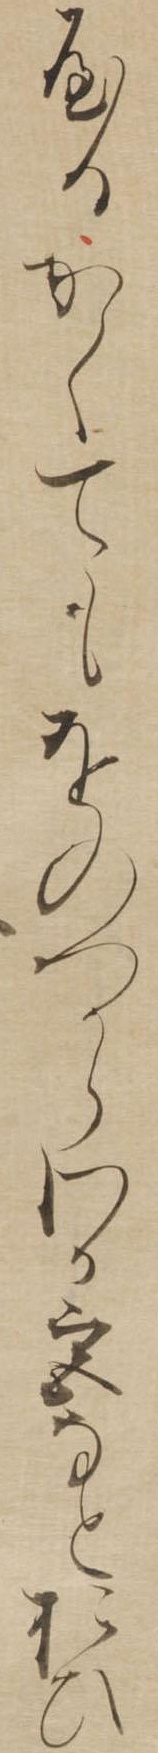
やるかくてもをのつからわか宮なとおひ